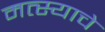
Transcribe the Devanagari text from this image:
मत्स्याचे